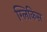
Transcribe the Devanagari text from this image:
ग्लिकिस